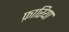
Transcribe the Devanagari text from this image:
फ़ारिया